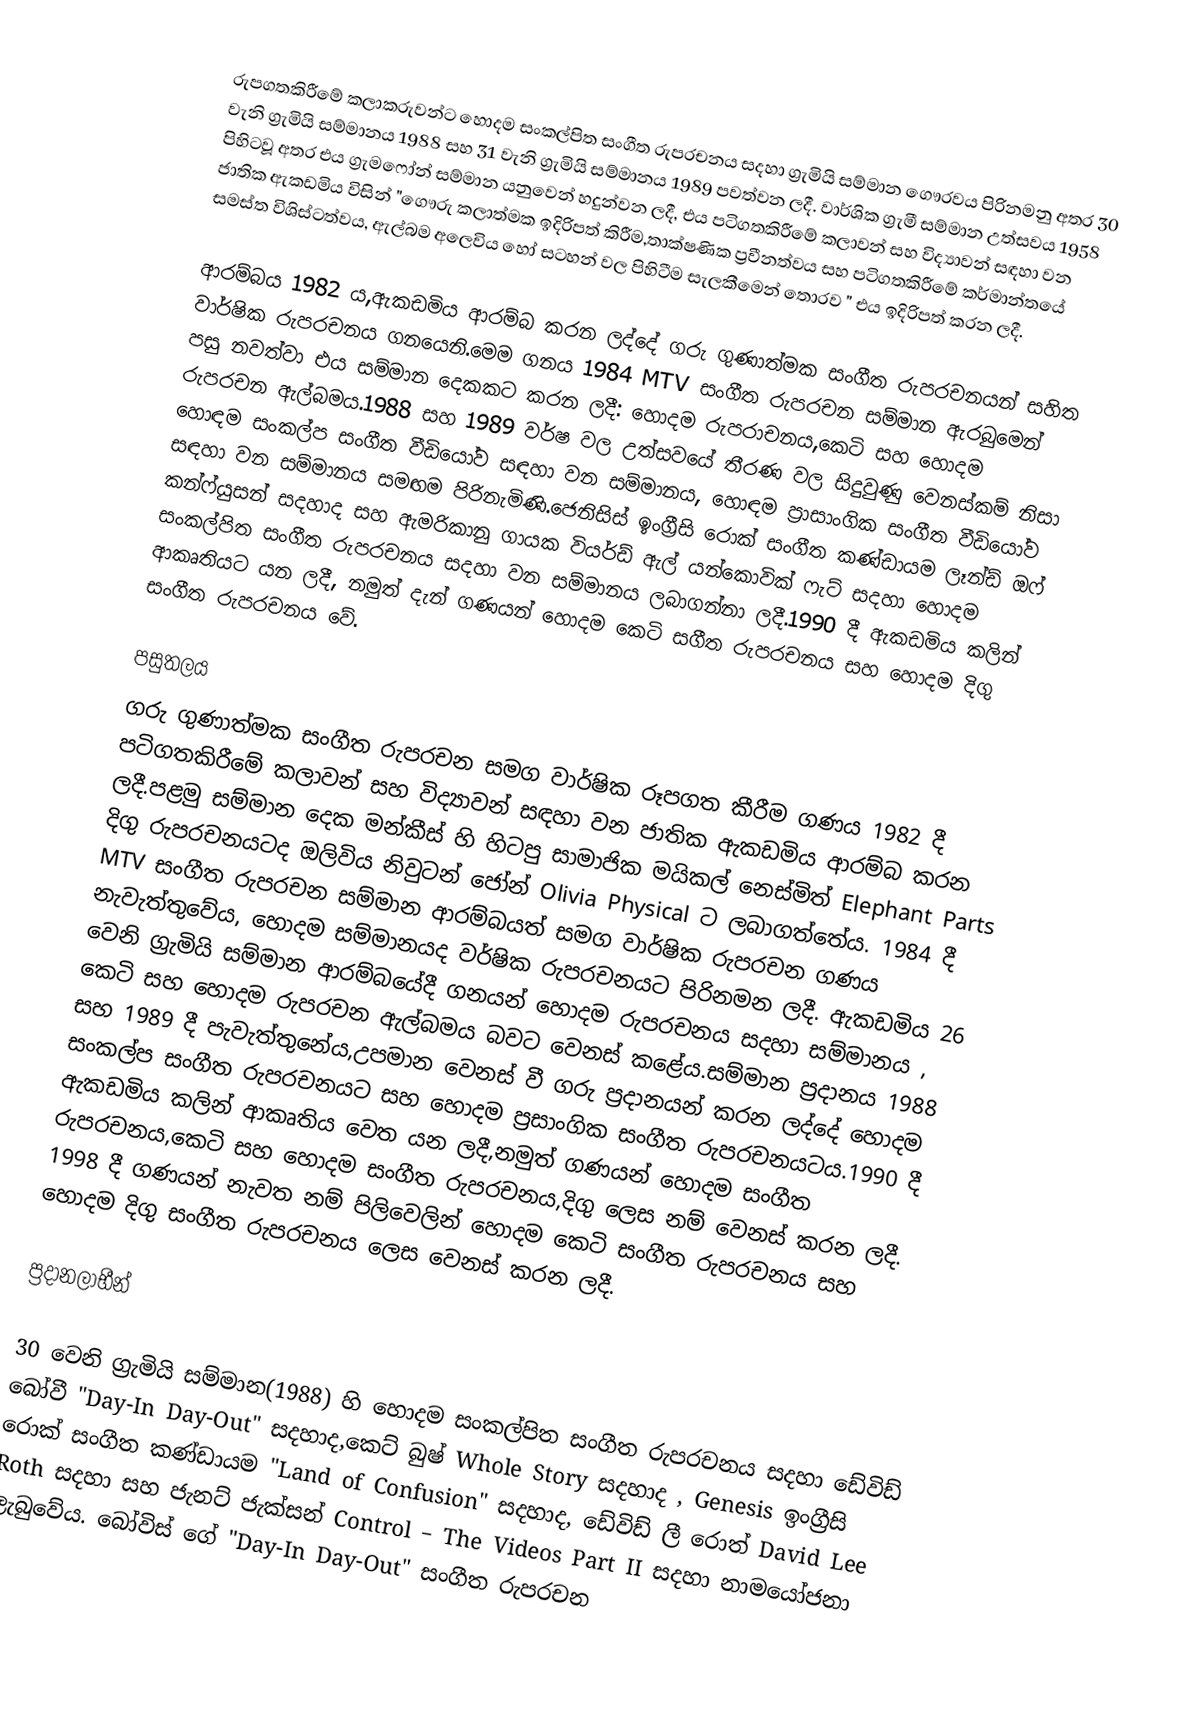
රුපගතකිරීමේ කලාකරුවන්ට හොදම සංකල්පිත සංගීත රුපරචනය සදහා ග්‍රැමියි සම්මාන ගෞරවය පිරිනමනු අතර 30 වැනි  ග්‍රැමියි සම්මානය 1988 සහ 31 වැනි ග්‍රැමියි සම්මානය 1989 පවත්වන ලදී. වාර්ශික ග්‍රැමී සම්මාන උත්සවය 1958 පිහිටවූ අතර එය ග්‍රැමෆෝන් සම්මාන යනුවෙන් හදුන්වන ලදී, එය පටිගතකිරීමේ කලාවන් සහ විද්‍යාවන් සඳහා වන ජාතික ඇකඩමිය විසින් "ගෞරු කලාත්මක ඉදිරිපත් කිරීම,තාක්ෂණික ප්‍රවීනත්වය සහ පටිගතකිරීමේ කර්මාන්තයේ සමස්ත විශිස්ටත්වය, ඇල්බම අලෙවිය හෝ  සටහන් වල පිහිටීම  සැලකීමෙන් තොරව " එය ඉදිරිපත් කරන ලදී.

ආරම්බය 1982 ය,ඇකඩමිය ආරම්බ කරන ලද්දේ ගරු ගුණාත්මක සංගීත රුපරචනයන් සහිත වාර්ෂික රුපරචනය ගනයෙනි.මෙම ගනය 1984 MTV සංගීත රුපරචන සම්මාන ඇරබුමෙන් පසු නවත්වා එය සම්මාන දෙකකට කරන ලදී: හොදම රුපරාචනය,කෙටි සහ හොදම රුපරචන ඇල්බමය.1988 සහ 1989 වර්ෂ වල උත්සවයේ තීරණ වල සිදුවුණු වෙනස්කම් නිසා හොඳම සංකල්ප සංගීත වීඩියෝව සඳහා වන සම්මානය, හොඳම  ප්‍රාසාංගික සංගීත වීඩියෝව සඳහා වන සම්මානය සමඟම පිරිනැමිණි.ජෙනිසිස් ඉංග්‍රීසි රොක් සංගීත කණ්ඩායම ලෑන්ඩ් ඔෆ් කන්ෆ්යුසන් සදහාද සහ ඇමරිකානු ගායක වියර්ඩ් ඇල් යන්කොවික් ෆැට් සදහා හොදම සංකල්පිත සංගීත රුපරචනය සදහා වන සම්මානය ලබාගන්නා ලදී.1990 දී ඇකඩමිය කලින් ආකෘතියට යන ලදී, නමුත් දැන් ගණයන් හොදම කෙටි සගීත රුපරචනය සහ හොදම දිගු සංගීත රුපරචනය වේ.

පසුතලය
ගරු ගුණාත්මක සංගීත රුපරචන සමග වාර්ෂික රූපගත කීරීම ගණය 1982 දී පටිගතකිරීමේ කලාවන් සහ විද්‍යාවන් සඳහා වන ජාතික ඇකඩමිය ආරම්බ කරන ලදී.පළමු සම්මාන දෙක මන්කීස් හි හිටපු සාමාජික මයිකල් නෙස්මිත් Elephant Parts දිගු රුපරචනයටද ඔලිවිය නිවුටන් ජෝන් Olivia Physical ට ලබාගත්තේය. 1984 දී MTV සංගීත රුපරචන සම්මාන ආරම්බයත් සමග වාර්ෂික රුපරචන ගණය නැවැත්තුවේය, හොදම සම්මානයද වර්ෂික රුපරචනයට පිරිනමන ලදී. ඇකඩමිය 26 වෙනි ග්‍රැමියි සම්මාන ආරම්බයේදී ගනයන් හොදම රුපරචනය සදහා සම්මානය , කෙටි සහ හොදම රුපරචන ඇල්බමය බවට වෙනස් කළේය.සම්මාන ප්‍රදානය  1988 සහ 1989 දී පැවැත්තුනේය,උපමාන වෙනස් වී ගරු ප්‍රදානයන් කරන ලද්දේ හොදම සංකල්ප සංගීත රුපරචනයට සහ හොදම ප්‍රසාංගික සංගීත රුපරචනයටය.1990 දී ඇකඩමිය කලින් ආකෘතිය වෙත යන ලදී,නමුත් ගණයන් හොදම සංගීත රුපරචනය,කෙටි සහ හොදම සංගීත රුපරචනය,දිගු ලෙස නම් වෙනස් කරන ලදී. 1998 දී ගණයන් නැවත නම් පිලිවෙලින් හොදම කෙටි සංගීත රුපරචනය සහ හොදම දිගු සංගීත රුපරචනය ලෙස වෙනස් කරන ලදී.

ප්‍රදානලාභීන්

30 වෙනි ග්‍රැමියි සම්මාන(1988) හි හොදම සංකල්පිත සංගීත රුපරචනය සදහා ඩේවිඩ් බෝවී "Day-In Day-Out" සදහාද,කෙට් බුෂ් Whole Story සදහාද , Genesis ඉංග්‍රීසි රොක් සංගීත කණ්ඩායම "Land of Confusion" සදහාද, ඩේවිඩ් ලී රොත්  David Lee Roth සදහා සහ ජැනට් ජැක්සන් Control – The Videos Part II සදහා නාමයෝජනා ලැබුවේය. බෝවිස් ගේ "Day-In Day-Out" සංගීත රුපරචන